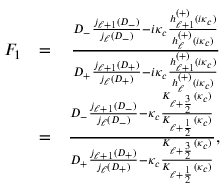
\begin{array} { r l r } { F _ { 1 } } & { = } & { \frac { D _ { - } \frac { j _ { \ell + 1 } ( D _ { - } ) } { j _ { \ell } ( D _ { - } ) } - i \kappa _ { c } \frac { h _ { \ell + 1 } ^ { ( + ) } ( i \kappa _ { c } ) } { h _ { \ell } ^ { ( + ) } ( i \kappa _ { c } ) } } { D _ { + } \frac { j _ { \ell + 1 } ( D _ { + } ) } { j _ { \ell } ( D _ { + } ) } - i \kappa _ { c } \frac { h _ { \ell + 1 } ^ { ( + ) } ( i \kappa _ { c } ) } { h _ { \ell } ^ { ( + ) } ( i \kappa _ { c } ) } } } \\ & { = } & { \frac { D _ { - } \frac { j _ { \ell + 1 } ( D _ { - } ) } { j _ { \ell } ( D _ { - } ) } - \kappa _ { c } \frac { K _ { \ell + \frac { 3 } { 2 } } ( \kappa _ { c } ) } { K _ { \ell + \frac { 1 } { 2 } } ( \kappa _ { c } ) } } { D _ { + } \frac { j _ { \ell + 1 } ( D _ { + } ) } { j _ { \ell } ( D _ { + } ) } - \kappa _ { c } \frac { K _ { \ell + \frac { 3 } { 2 } } ( \kappa _ { c } ) } { K _ { \ell + \frac { 1 } { 2 } } ( \kappa _ { c } ) } } , } \end{array}